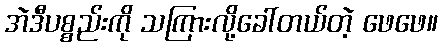
အဲဒီပစ္စည်းကို သကြားလို့ခေါ်တယ်တဲ့ ဖေဖေ။